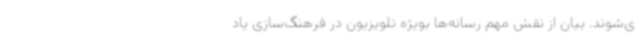
ی‌شوند. بیان از نقش مهم رسانه‌ها بویژه تلویزیون در فرهنگ‌سازی یاد